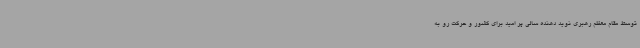
توسط مقام معظم رهبری نوید دهنده سالی پر امید برای کشور و حرکت رو به